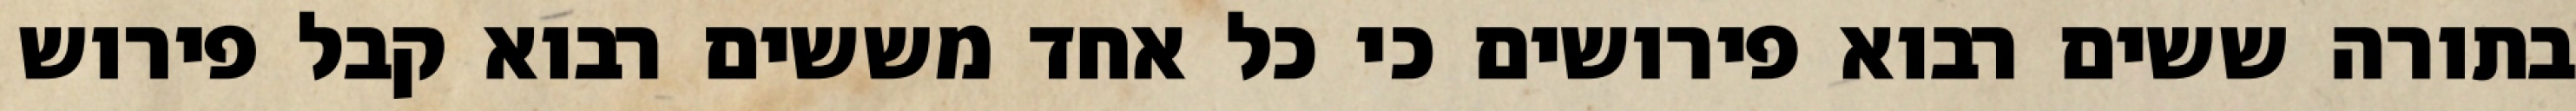
בתורה ששים רבוא פירושים כי כל אחד מששים רבוא קבל פירוש